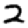
Digit: 2